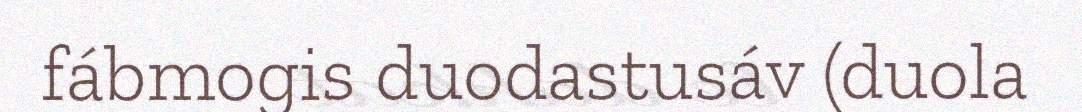
fábmogis duodastusáv (duola